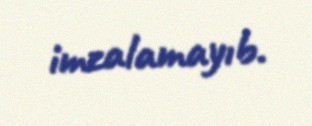
imzalamayıb.